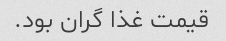
قیمت غذا گران بود.